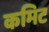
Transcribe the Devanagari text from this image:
कमिट